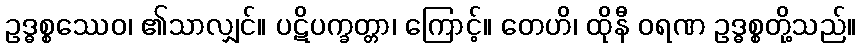
ဥဒ္ဓစ္စဿေဝ၊ ၏သာလျှင်။ ပဋိပက္ခတ္တာ၊ ကြောင့်။ တေဟိ၊ ထိုနီ ဝရဏ ဥဒ္ဓစ္စတို့သည်။